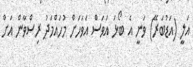
އަލީ (އަޑުބަރޭ) ވަނީ އެ ބޯޅަ އަވަސް އަވަހަށް މުހައްމަދު ރިސްވާން އަށް